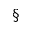
\S